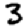
Digit: 3